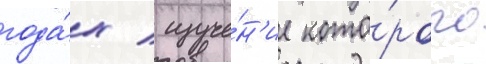
года́х / изуче́н'ие кото́рого